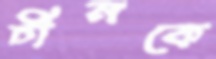
চীনকে